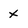
Character: x